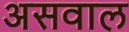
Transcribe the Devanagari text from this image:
असवाल